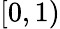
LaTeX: [0,1)